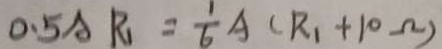
0 . 5 A R _ { 1 } = \frac { 1 } { 6 } A ( R _ { 1 } + 1 0 \Omega )